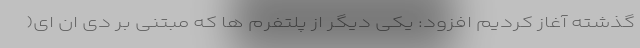
گذشته آغاز کردیم افزود: یکی دیگر از پلتفرم ها که مبتنی بر دی ان ای(